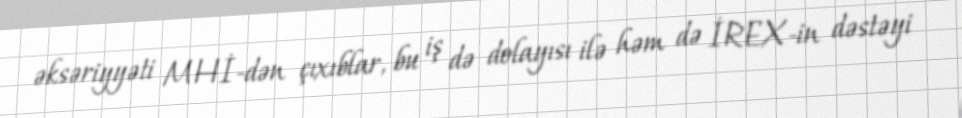
əksəriyyəti MHİ-dən çıxıblar, bu iş də dolayısı ilə həm də İREX-in dəstəyi